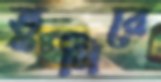
ভুলিরে